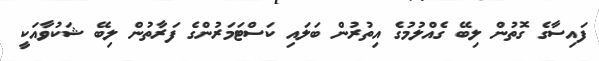
ފައިސާގެ ގޮތުން ލިބޭ ގެއްލުމުގެ އިތުރުން ބަލައި ކަސްޓަމަރުންގެ ފަރާތުން ލިބޭ ޝަކުވާއަކީ